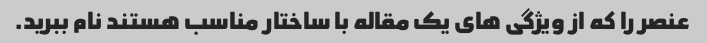
عنصر را که از ویژگی های یک مقاله با ساختار مناسب هستند نام ببرید.